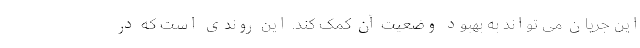
این جریان می تواند به بهبود وضعیت آن کمک کند. این روندی است که در